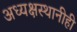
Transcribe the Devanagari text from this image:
अध्यक्षस्थानीही